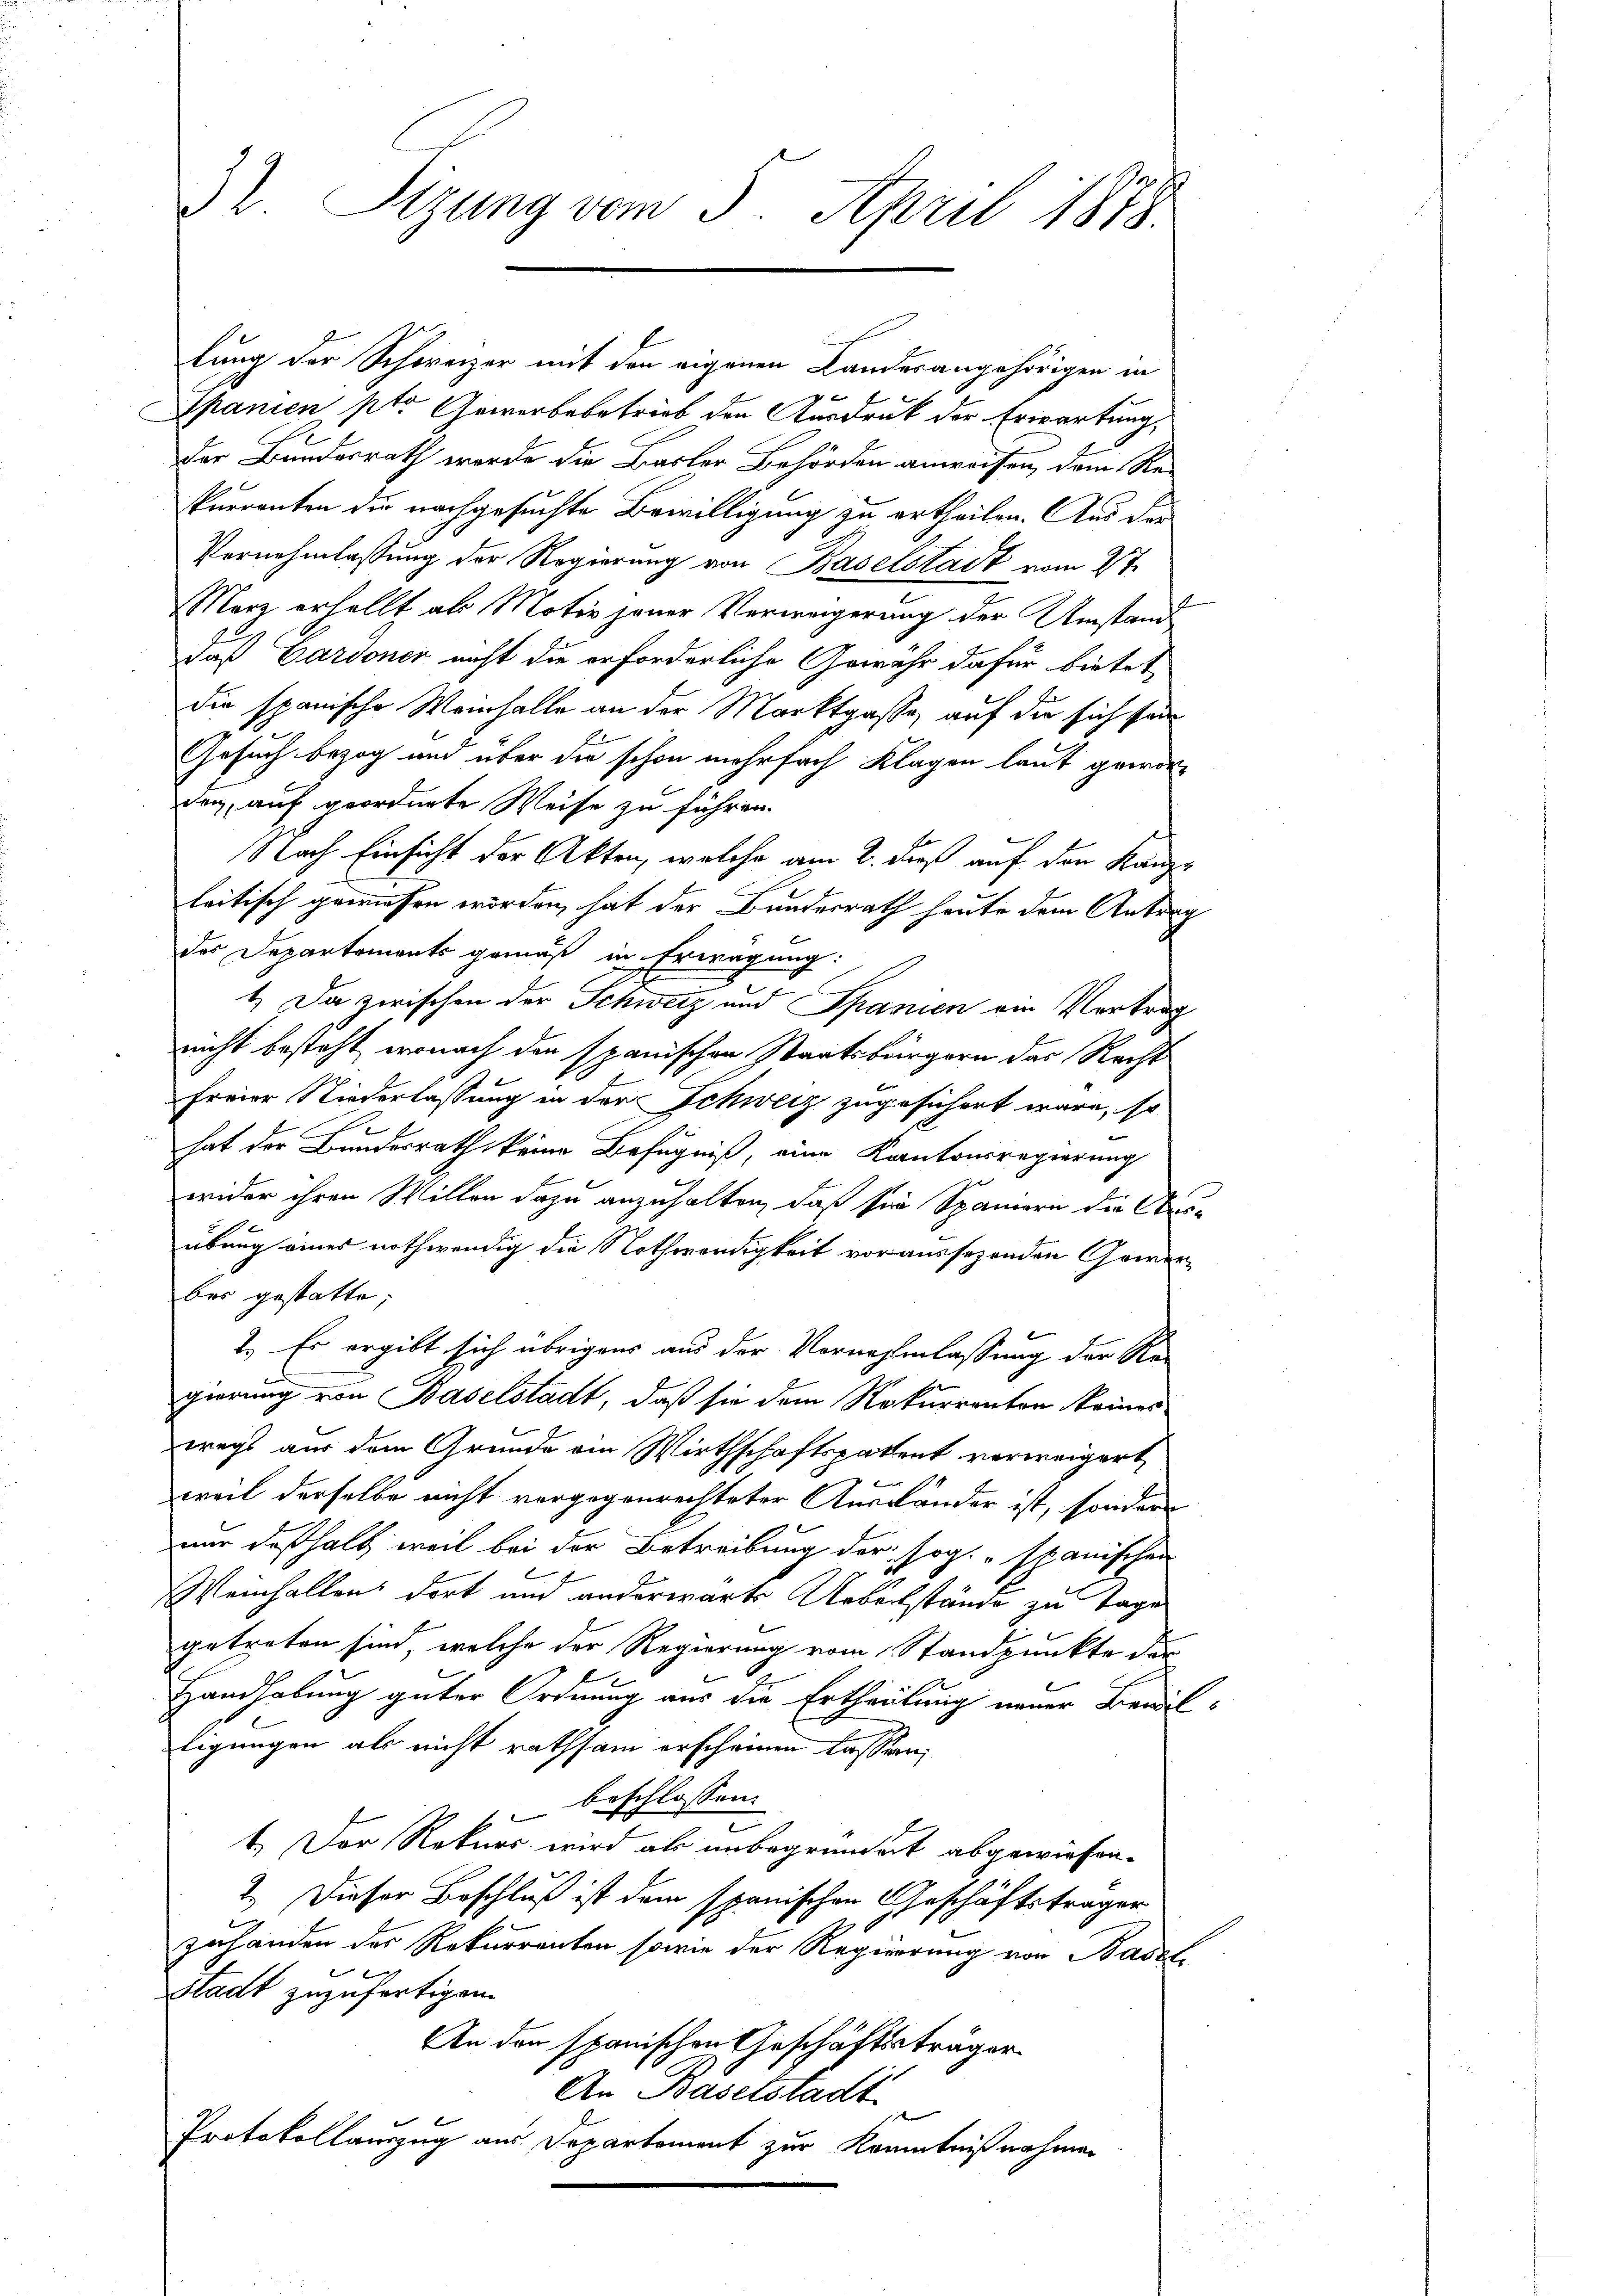
32. Sizung vom 5. April 1878.

lung der Schweizer mit den eigenen Landesangehörigen in
Spanien pto Gewerbebetrieb den Ausdruck der Erwartung,
Der Bundesrath werde die Basler Behörden anweissen, dem Rekurrenten die nachgesuchte Bewilligung zu ertheilen. Aus der
Vernehmlassung der Regierung von Baselstadt vom 2te
Merz erhellt als Motiv jener Verweigerung der Umstand
daß Gardoner nicht die erforderliche Gewähr dafür bietet
die spanische Weinhalle an der Marktgasse, auf die sich sein
Gesuch bezog und über die schon mehrfach Klagen laut gewordon, auf geordnete Weise zu führen.
Nach Einsicht der Akten, welche am 2. dieß auf den Kanzleitisch gewesen worden, hat der Bundesrath heute dem Antrag
des Departements gemäß in Erwägung:
1. Da zwischen der Schweiz und Spanien ein Vertrag
nicht besteht, wonach den spanischen Staatsbürgern das Recht
freier Niederlassung in der Schweiz zugesichert wäre, so
e
hat der Bundesrath keine Befugniß, eine Kantonsregierung
wider ihren Willen dazu anzuhalten, daß sie Spannern die Oberübung eines nothwendig die Nothwendigkeit voraussezenden Gewerbes gestatte,
1.) Es ergibt sich übrigens aus der Vornahmlassung der Re-
gierung von Baselstadt, daß sie dem Rekurrenton keines
wegs aus dem Grunde am Wirthschaftspatent verweigert,
weil derselbe nicht vorgegenrechteter Ausländer ist, sondern
nur deßhalb weil bei der Betreibung der sog. stanischen
Weinhallens dort und anderwarts Uebelstände zu Tage
getreten sind, welche der Regierung vom Standpunkte der
Handhabung guter Ordnung aus die Ertheilung neuer Bewilligungen als nicht rathsam erscheinen lassen,
beschlossen:
1.) Der Rekurs wird als unbegründet abgewiesen.
2.) Dieser Beschluß ist dem spanischen Geschäftsträger
zuhanden der Rekurrenten sowie der Regierung von Basel
Stadt zuzufertigen.
An den spanischen Geschäftsträger
An Baselstadt
Protokollauszug aus Departement zur Kenntnißnahmen